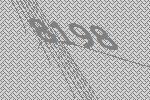
8198